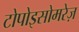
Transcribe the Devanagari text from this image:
टोपोइसोमरेज़